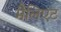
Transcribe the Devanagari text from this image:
मैलिएट